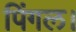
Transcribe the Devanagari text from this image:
पिंगल।